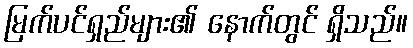
မြက်ပင်ရှည်များ၏ နောက်တွင် ရှိသည်။